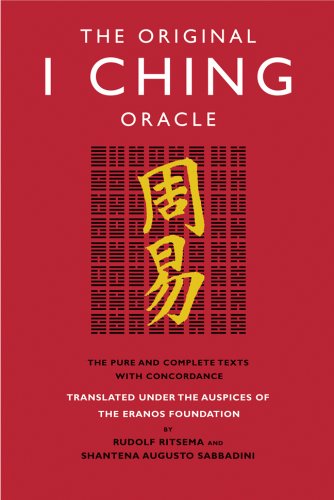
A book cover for The Original I Ching Oracle: The Pure and Complete Texts with Concordance; Rudolf Ritsema; Religion & Spirituality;